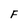
Character: F